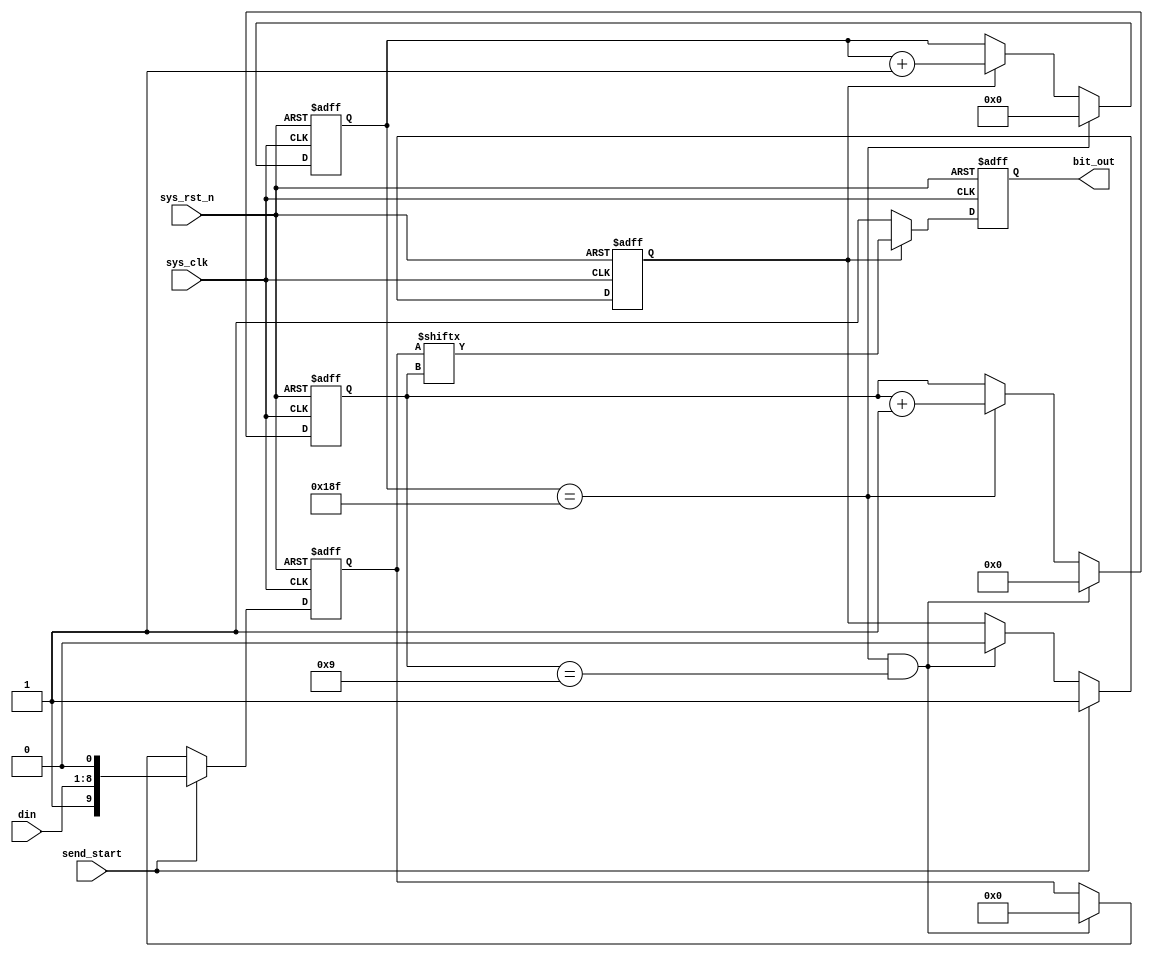

module uart_tx (sys_clk,		//clock signal, 40kHz
				sys_rst_n, 		    //reset signal, active low
				din,			//the input data which will be sent by the UART module, 8 bit width
				send_start,	    //the start enable signal, active high, the width is one clock period
				bit_out		    //the serial output data 
				);
input           sys_clk;		//clock signal, 40kHz
input			sys_rst_n;  	    //reset signal, active low
input		[7:0]	din;    		//the input data which will be sent by the UART module, 8 bit width
input			send_start;	    //the start enable signal, active high, the width is one clock period
output			bit_out;	    //the serial output data 

reg     [9:0]   din_temp;
reg             en;
reg     [16:0]   clk_cnt;
reg     [3:0]   bit_cnt;

reg             bit_out;

always @(posedge sys_clk or negedge sys_rst_n) begin
if(~sys_rst_n)
    din_temp <= 10'd0;
else if(send_start)
    din_temp <= {1'b1, din, 1'b0};
else if((clk_cnt == 17'd399) && (bit_cnt == 4'd9))
    din_temp <= 10'd0;
end

always @(posedge sys_clk or negedge sys_rst_n) begin
if(~sys_rst_n)
    en <= 1'b0;
else if(send_start)
    en <= 1'b1;
else if((clk_cnt == 17'd399) && (bit_cnt == 4'd9))
    en <= 1'b0;
end

always @(posedge sys_clk or negedge sys_rst_n) begin
if(~sys_rst_n)
    clk_cnt <= 17'd0;
else if(clk_cnt == 17'd399)
    clk_cnt <= 17'd0;
else if(en)
    clk_cnt <= clk_cnt + 1'b1;
end

always @(posedge sys_clk or negedge sys_rst_n) begin
if(~sys_rst_n)
    bit_cnt <= 4'd0;
else if((clk_cnt == 17'd399) && (bit_cnt == 4'd9))
    bit_cnt <= 4'd0;
else if(clk_cnt == 17'd399)
    bit_cnt <= bit_cnt + 1'b1;
end

always @(posedge sys_clk or negedge sys_rst_n) begin
if(~sys_rst_n)
    bit_out <= 1'b1;
else if(en)
    bit_out <= din_temp[ bit_cnt ];
else
    bit_out <= 1'b1;
end

endmodule